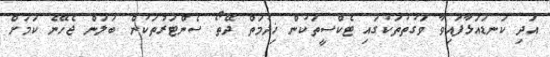
އަދި ކަނޑައަޅާފައިވާ ވަގުތުތަކުގައި ޓެކްސީތަކުން ޚިދުމަތް ދޭތޯ ސެންޓަރުތަކުން ބަލަން ޖެހޭނެ ކަމަށް